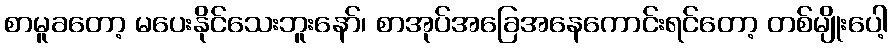
စာမူခတော့ မပေးနိုင်သေးဘူးနော်၊ စာအုပ်အခြေအနေကောင်းရင်တော့ တစ်မျိုးပေါ့